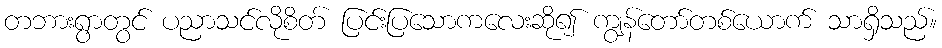
တဘားရွာတွင် ပညာသင်လိုစိတ် ပြင်းပြသောကလေးဆို၍ ကျွန်တော်တစ်ယောက် သာရှိသည်။